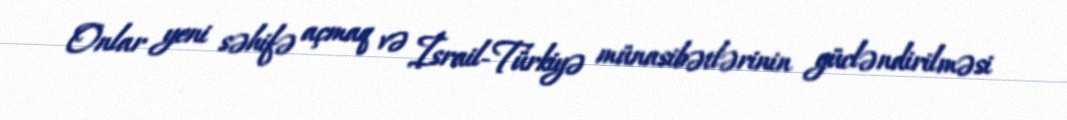
Onlar yeni səhifə açmaq və İsrail-Türkiyə münasibətlərinin gücləndirilməsi